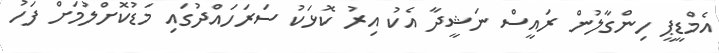
އެމްޑީޕީ ހިންގާލުން ރައީސް ނަޝީދާ އެކު އިރު ކޮޅަކު ސަރަހައްދުގައި މަޑުކޮށްލުމަށް ފަހު